NAE_ERA_R-1590_ENSV_Riiklik_Televisiooni-_ja_Raadiokomitee, lk 7
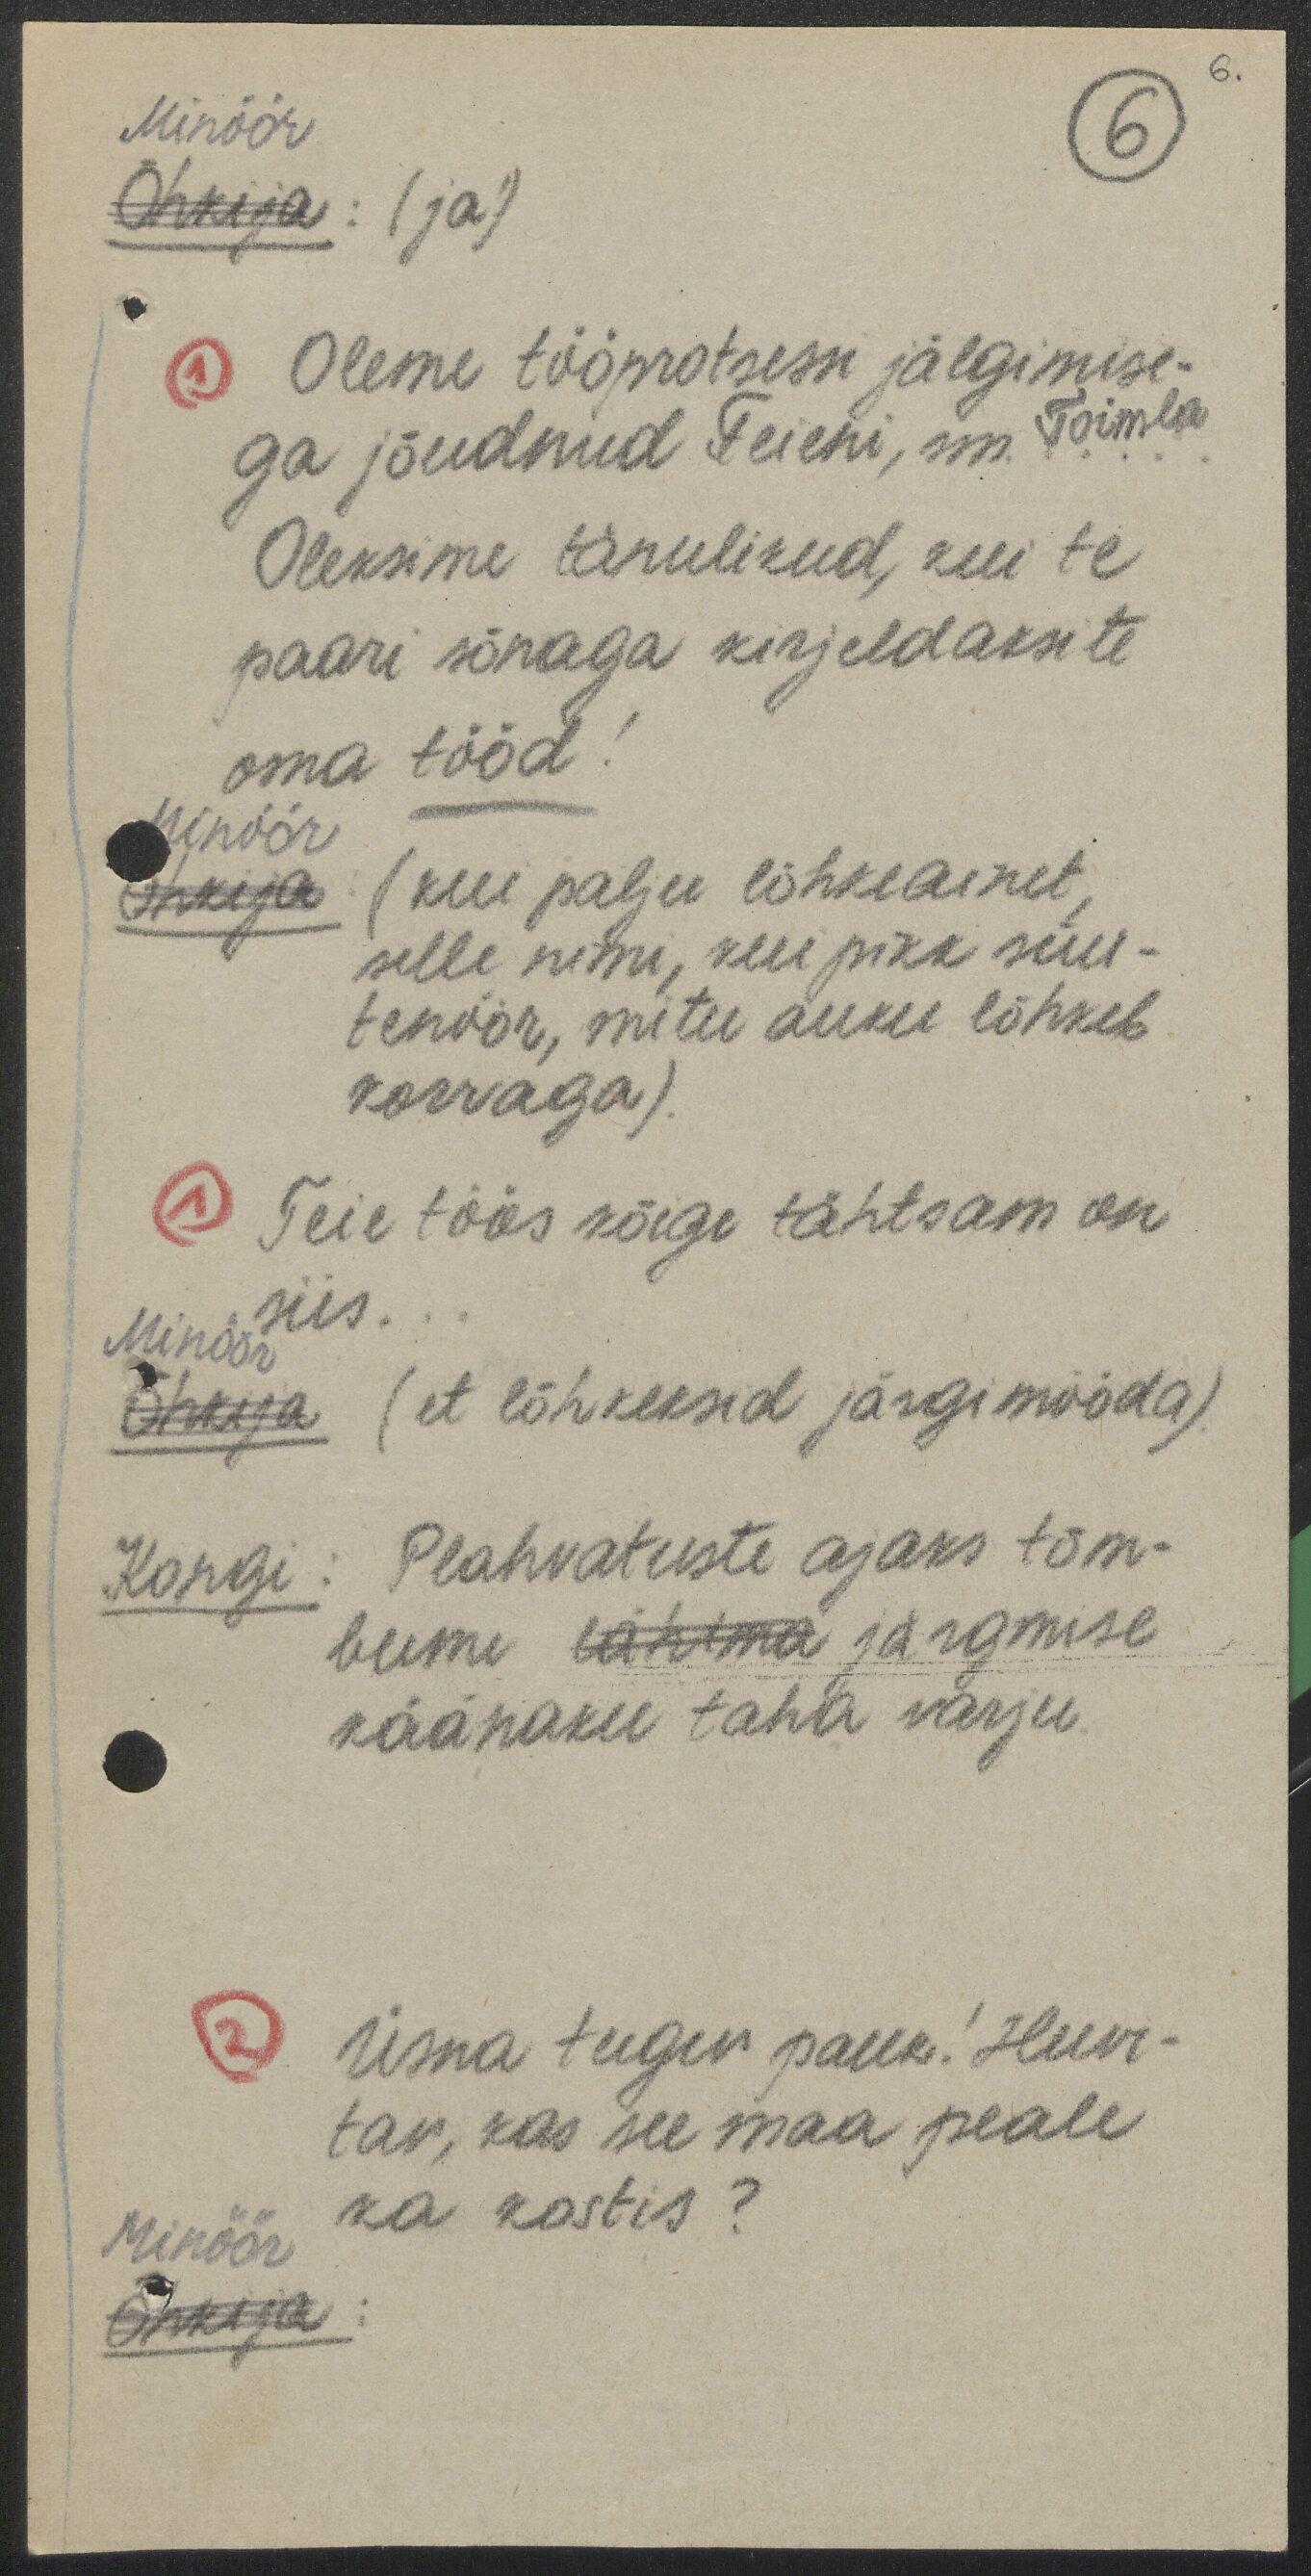
6.
6
Minöör
Õhkija: (ja)
1 Oleme tööprotsessi jälgimise-
ga jõudnud Teieni, sm. Toimla
Oleksime tänulikud, kui te
paari sõnaga kirjeldaksite
oma tööd!
Minöör
Õhkija: (kui palju lõhkeainet,
selle nimi, kui pikk süü-
tenöör, mitu auku lõhkeb
korraga).
1 Teie töös kõige tähtsam on
siis ...
Minöör
Õhkija (et lõhkeksid järgimööda).
Kongi: Plahvatuste ajaks tõm-
bume lähima järgmise
käänaku taha varju.
2 Üsna tugev pauk! Huvi-
tav, kas see maa peale
ka kostis?
Minöör
Õhkija: